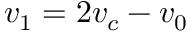
v _ { 1 } = 2 v _ { c } - v _ { 0 }